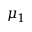
\mu _ { 1 }